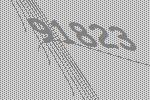
91823